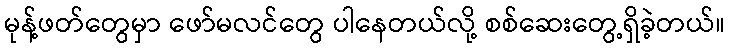
မုန့်ဖတ်တွေမှာ ဖော်မလင်တွေ ပါနေတယ်လို့ စစ်ဆေးတွေ့ရှိခဲ့တယ်။